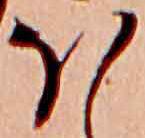
ほ